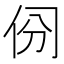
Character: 𠈀